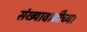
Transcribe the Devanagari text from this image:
संख्यावाढीच्या